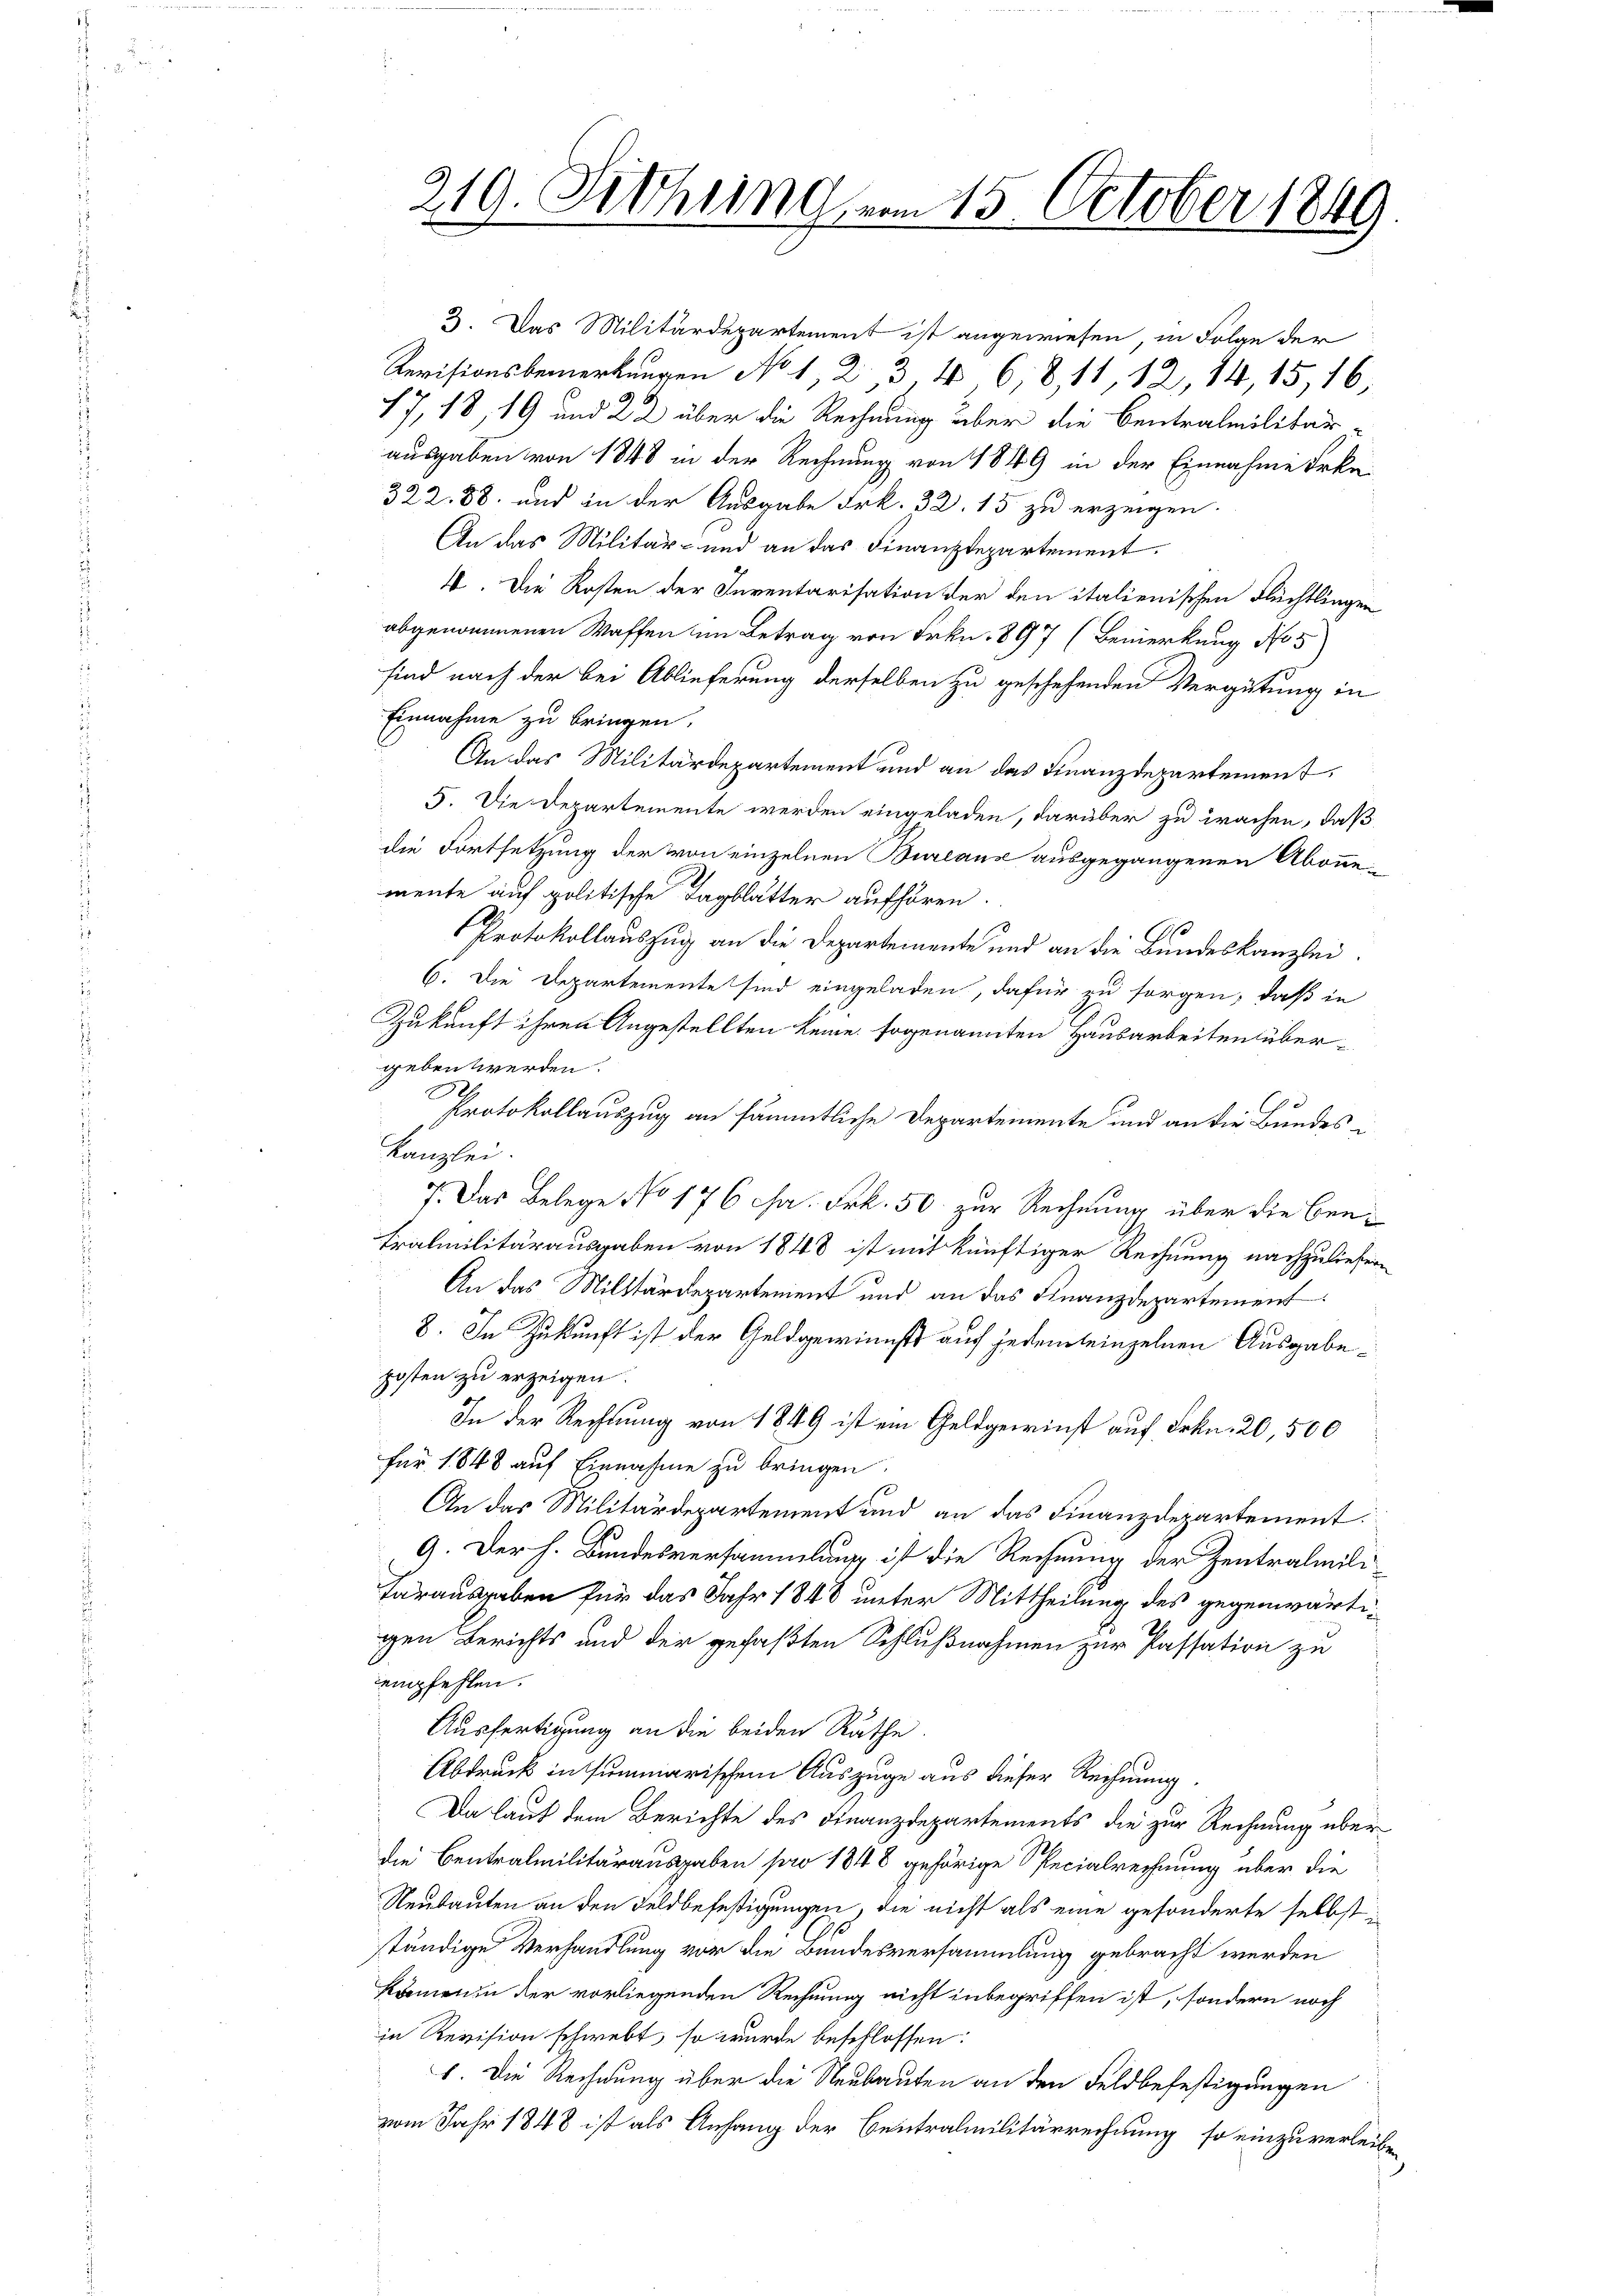
219. Fethung vom 15. October 1849

ausgaben von 1848 in der Rechnung von 1849 in der Einnahme Erke
322. 88. und in der Ausgabe Frk. 32. 15 zu erzeigen.
An das Militär- und an das Finanzdepartement.
4. Die Kosten der Inventarisation der den italienischen Flüchtlingen
abgenommenen Waffen im Betrag von Frkn. 897 (Bemerkung No 5
sind nach der bei Ablieferung derselben zu geschehenden Vergütung in
Einnahme zu bringen,
An das Militärdepartement und an das Finanzdepartement,
5. Die Departemente werden eingeladen, darüber zu wachen, daß
die Fortsetzung der von einzelnen Bureaux ausgegangenen Abonnemente auf politische Tagblätter aufhören.
Protokollauszug an die Departemente und an die Bundeskanzlei.
6. Die Departemente sind eingeladen, dafür zu sorgen, daß in
Zukunft ihren Angestellten keine sogenannten Hausarbeiten über-
geben werden.
S
d
C
Protokollauszug an sämmtliche Departemente und an die Bundes
Kanzlei
7. Das Belege No 176 ca. Frk. 50. zur Rechnung über die Ben¬
Tramilitärausgaben von 1848 ist mit künftiger Rechnung nachzuliefen
An das Militärdepartement und an das Finanzdepartement
8. In Zukunft ist der Geldgewinnst auf jedemleinzelnen Ausgabeposten zu erzeigen.
In der Rechnung von 1849 ist ein Geldgerinst auf Frkn. 20,500
für 1848 auf Einnahme zu bringen.
An das Militärdepartement und an das Finanzdepartement.
9. Der h. Bundesversammlung ist die Rechnung der Zentralmili
Tarausgaben für das Jahr 1848 unter Mittheilung des gegenwärtigen Berichts und der gefaßten Schlußnahmen zur Passation zu
empfehlen.
Ausfertigung an die beiden Rathe
Abdruck in summarischen Auszuge aus dieser Rechnung.
Da laut dem Berichte des Finanzdepartements die zur Rechnung über
die Centralmilitärausgaben pro 1848 gehörige Specialrechnung über die
Neubauten an den Feldbefestigungen, die nicht als eine gesonderte selbst i
ständige Verhandlung vor die Bundesversammlung gebracht werden
kämen in der vorliegenden Rechnung nicht inbegriffen ist, sondern noch
in Revision schwebt, so wurde beschlossen:
1. Die Rechnung über die Neubauten an den Feldbefestigungen
vom Jahr 1848 ist als Anfang der Centralmilitärrechnung, so einzuverleibe

3. Das Militärdepartement ist angewiesen, in Folge der
Revisionsbemerkungen No 1, 2. 3 § 6, 8, 11, 12, 14, 15, 16
17, 18, 19 und 22 über die Rechnung über die Centralmilitär-